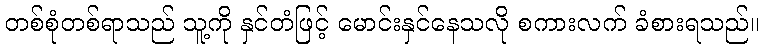
တစ်စုံတစ်ရာသည် သူ့ကို နှင်တံဖြင့် မောင်းနှင်နေသလို စကားလက် ခံစားရသည်။